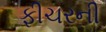
ફીચરની